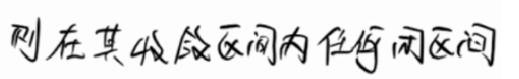
则在其收敛区间内任何闭区间